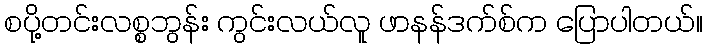
စပို့တင်းလစ္စဘွန်း ကွင်းလယ်လူ ဖာနန်ဒက်စ်က ပြောပါတယ်။